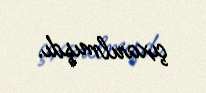
çıxarılmışdı.